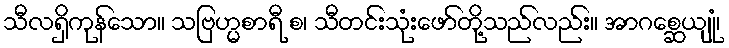
သီလရှိကုန်သော။ သဗြဟ္မစာရီ စ၊ သီတင်းသုံးဖော်တို့သည်လည်း။ အာဂစ္ဆေယျုံ၊